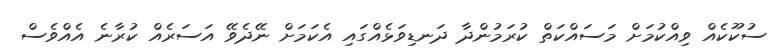
ސުކޫކެއް ވިއްކުމަށް މަސައްކަތް ކުރަމުންދާ ދަނޑިވަޅެއްގައި އެކަމަށް ނޭދެވޭ އަސަރެއް ކުރާނެ އެއްވެސް